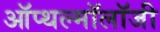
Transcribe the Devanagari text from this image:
ऑप्थल्मॉलॉजी